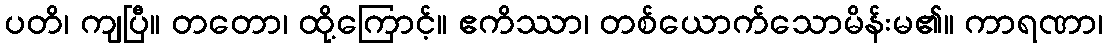
ပတိ၊ ကျပြီ။ တတော၊ ထို့ကြောင့်။ ဧကိဿာ၊ တစ်ယောက်သောမိန်းမ၏။ ကာရဏာ၊